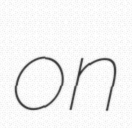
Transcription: on